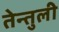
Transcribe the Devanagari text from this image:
तेन्तुली